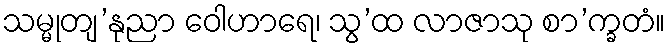
သမ္မုတျ’နုညာ ဝေါဟာရေ၊ သွ’ထ လာဇာသု စာ’က္ခတံ။